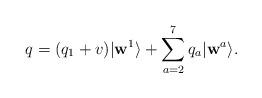
LaTeX: \begin{align*}q = (q_1 + v) | \mathbf{w}^1 \rangle + \sum_{a=2}^{7}{q_a | \mathbf{w}^a \rangle}.\end{align*}